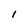
Character: I